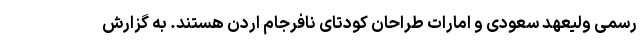
رسمی ولیعهد سعودی و امارات طراحان کودتای نافرجام اردن هستند. به گزارش